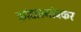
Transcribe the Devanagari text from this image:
कांदळगांवकर